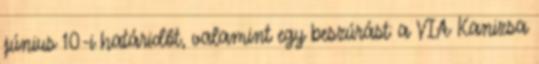
június 10-i határidőt, valamint egy beszúrást: a VIA Kanizsa